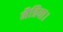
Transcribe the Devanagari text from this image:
मैत्रिया।